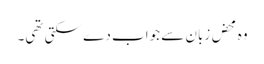
وہ محض زبان سے جواب دے سکتی تھی۔